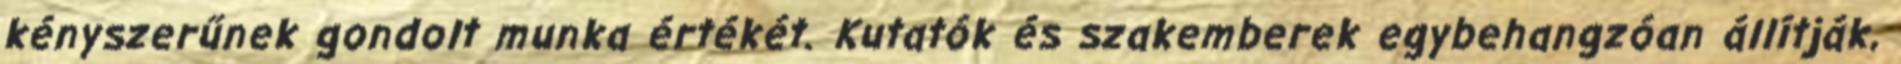
kényszerűnek gondolt munka értékét. Kutatók és szakemberek egybehangzóan állítják,